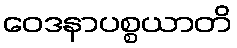
ဝေဒနာပစ္စယာတိ